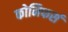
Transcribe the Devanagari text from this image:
कोनिफर्स